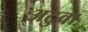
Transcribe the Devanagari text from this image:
अटुवा